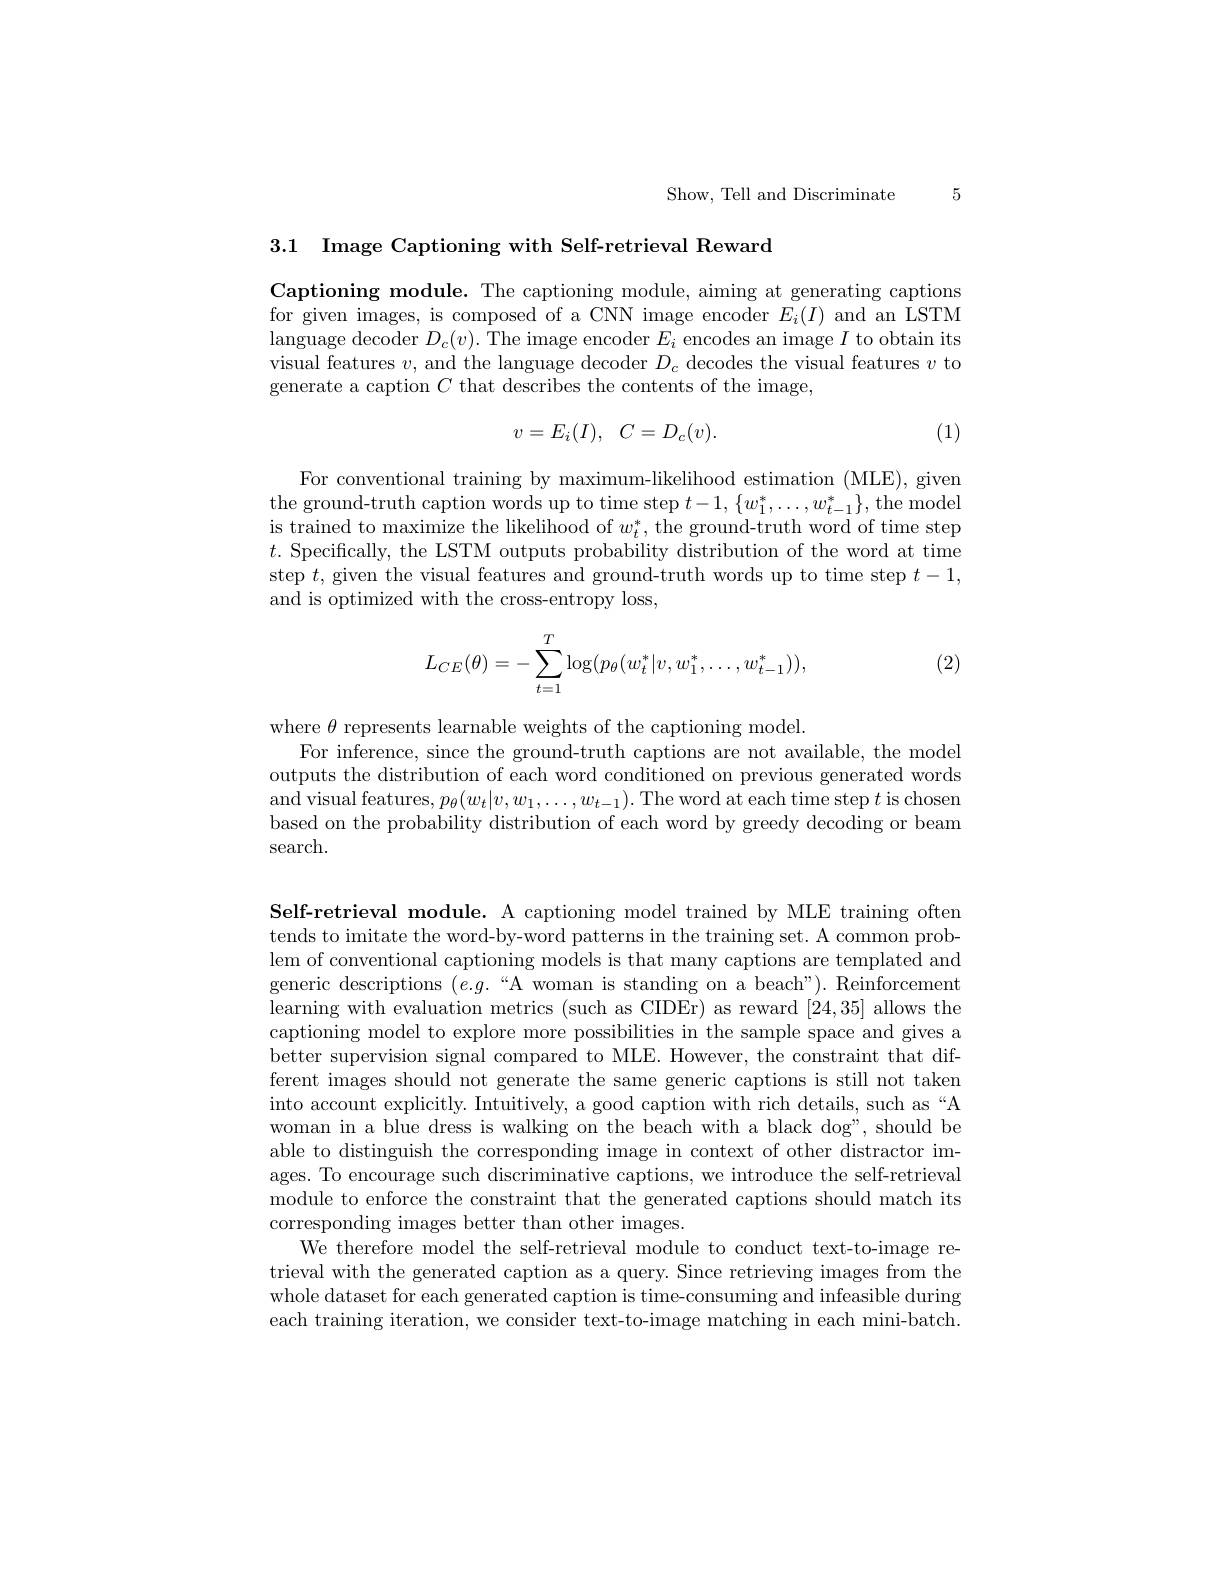
Show, Tell and Discriminate 5

3.1 Image Captioning with Self-retrieval Reward

Captioning module. The captioning module, aiming at generating captions for given images, is composed of a CNN image encoder $E_i(I)$ and an LSTM language decoder $D_c(v).$ The image encoder $E_i$ encodes an image $I$ to obtain its visual features $v$, and the language decoder $D_c$ decodes the visual features $v$ to generate a caption $C$ that describes the contents of the image,
$$v=E_i(I),\:C=D_c(v).$$
(1)

For conventional training by maximum-likelihood estimation (MLE), given the ground-truth caption words up to time step $t-1,\{w_{1}^{*},\ldots,w_{t-1}^{*}\}$,the model is trained to maximize the likelihood of $w_t^*$, the ground-truth word of time step $t.$ Specifically, the LSTM outputs probability distribution of the word at time step $t$, given the visual features and ground-truth words up to time step $t-1$, and is optimized with the cross-entropy loss,
$$\begin{aligned}L_{CE}(\theta)=-\sum_{t=1}^T\log(p_\theta(w_t^*|v,w_1^*,\dots,w_{t-1}^*)),\end{aligned}$$
(2)

where $\theta$ represents learnable weights of the captioning model.
For inference, since the ground-truth captions are not available, the model outputs the distribution of each word conditioned on previous generated words and visual features, $p_\theta(w_t|v,w_1,\ldots,w_{t-1}).$ The word at each time step $t$ is chosen based on the probability distribution of each word by greedy decoding or beam search.

Self-retrieval module. A captioning model trained by MLE training often tends to imitate the word-by-word patterns in the training set. A common problem of conventional captioning models is that many captions are templated and generic descriptions $(e.g.`$A woman is standing on a beach"). Reinforcement learning with evaluation metrics (such as CIDEr) as reward [24,35] allows the captioning model to explore more possibilities in the sample space and gives a better supervision signal compared to MLE. However, the constraint that different images should not generate the same generic captions is still not taken into account explicitly. Intuitively, a good caption with rich details, such as“A woman in a blue dress is walking on the beach with a black dog", should be able to distinguish the corresponding image in context of other distractor images. To encourage such discriminative captions, we introduce the self-retrieval module to enforce the constraint that the generated captions should match its corresponding images better than other images.
We therefore model the self-retrieval module to conduct text-to-image retrieval with the generated caption as a query. Since retrieving images from the whole dataset for each generated caption is time-consuming and infeasible during each training iteration, we consider text-to-image matching in each mini-batch.